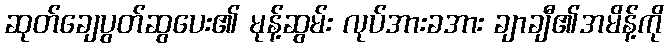
ဆုတ်ချေပွတ်ဆွပေး၏ မုန့်ဆွမ်း လုပ်အားခအား ချာချီ၏အမိန့်ကို